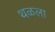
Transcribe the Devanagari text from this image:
थळला